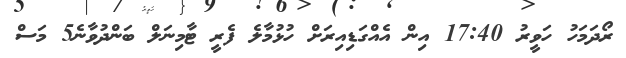
ރޯދަމަހު ހަވީރު 17:40 އިން އެއްގަޑިއިރަށް ހުޅުމާލެ ފެރީ ޓާމިނަލް ބަންދުވާނެ5 މަސް